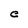
Character: C